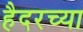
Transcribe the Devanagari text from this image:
हैदरच्या